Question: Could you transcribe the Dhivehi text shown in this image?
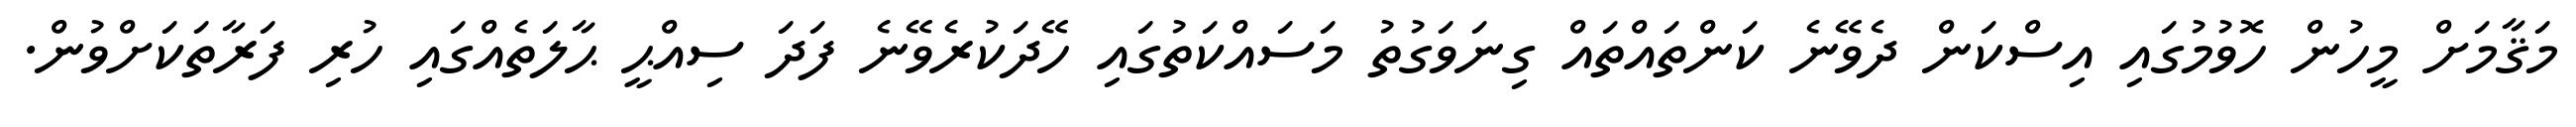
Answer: މަޤާމަށް މީހުން ހޮވުމުގައި އިސްކަން ދެވޭނެ ކަންތައްތައް ގިނަވަގުތު މަސައްކަތުގައި ހޭދަކުރެވޭނެ ފަދަ ސިއްޙީ ޙާލަތެއްގައި ހުރި ފަރާތަކަށްވުން.